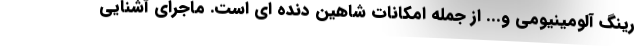
رینگ آلومینیومی و... از جمله امکانات شاهین دنده ای است. ماجرای آشنایی